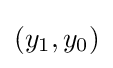
(y_{1},y_{0})